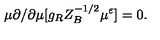
\mu \partial / \partial \mu [ g _ { R } Z _ { B } ^ { - 1 / 2 } \mu ^ { \varepsilon } ] = 0 .